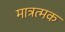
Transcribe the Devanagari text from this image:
मात्रत्मक